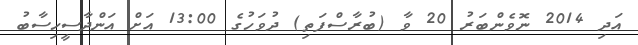
އަދި 2014 ނޮވެންބަރު 20 ވާ (ބުރާސްފަތި) ދުވަހުގެ 13:00 އަށް އަންދާސީހިސާބު